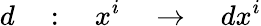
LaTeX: d\quad:\quad x^{i}\quad\rightarrow\quad dx^{i}